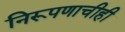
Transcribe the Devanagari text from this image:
निरूपणाचीही